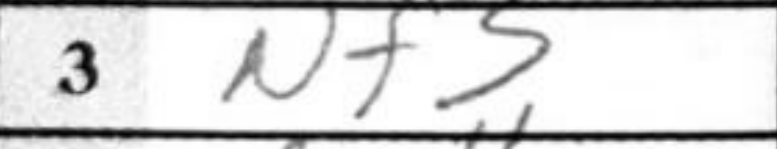
Transcription: Nf3